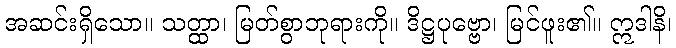
အဆင်းရှိသော။ သတ္ထာ၊ မြတ်စွာဘုရားကို။ ဒိဋ္ဌပုဗ္ဗော၊ မြင်ဖူး၏။ ဣဒါနိ၊